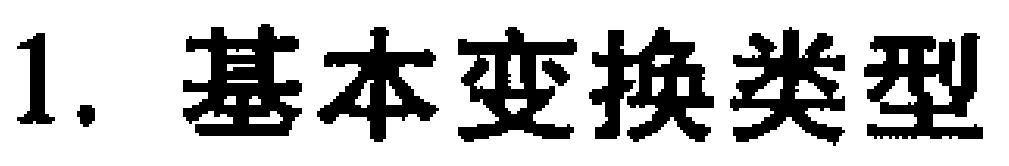
1. 基本变换类型